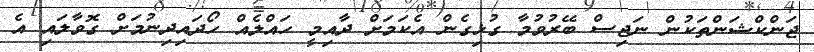
ޖަންކްޝަންތަކުން ނަޖިސް ބޭރުވުމާ ގުޅިގެން އެކަމަށް ދާއިމީ ހައްލެއް ހޯދައިދިނުމަށް ގޮވާލައި އެ